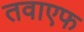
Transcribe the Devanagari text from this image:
तवाएफ